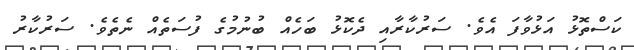
ކަސްތޮޅު އަޅުވާފަ އެވެ. ސަރުކާރާއި ދެކޮޅު ބަހެއް ބުނުމުގެ ފުސަތެއް ނެތެވެ. ސަރުކާރު